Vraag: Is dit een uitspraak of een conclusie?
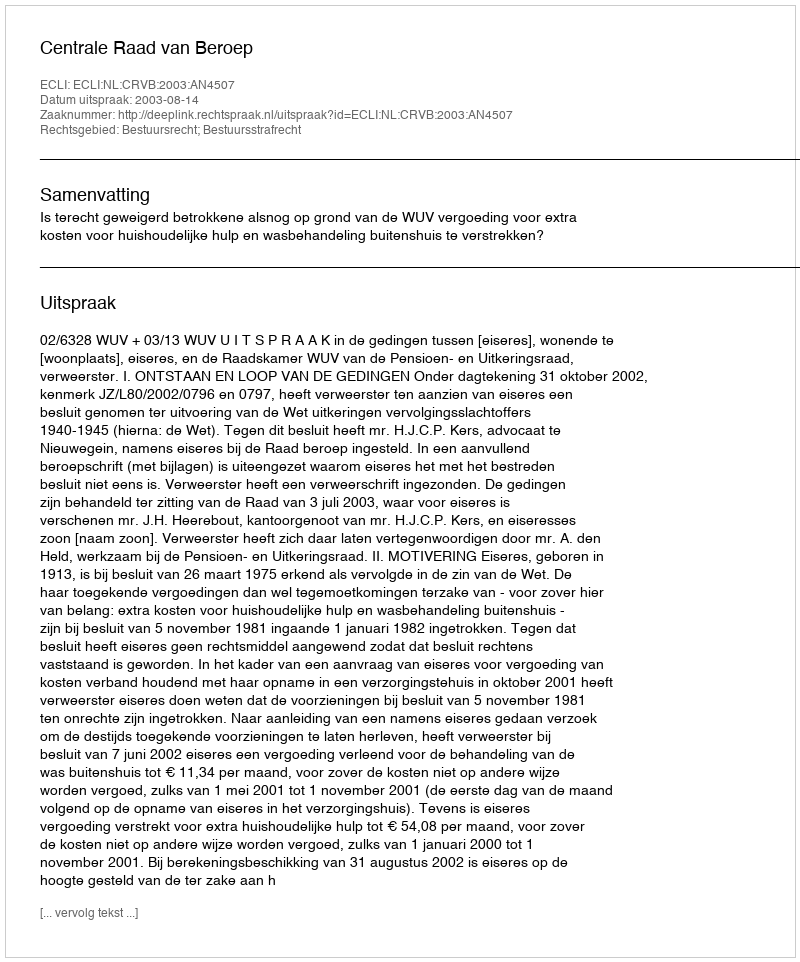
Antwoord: Uitspraak